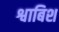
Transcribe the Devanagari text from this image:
श्वाबिश